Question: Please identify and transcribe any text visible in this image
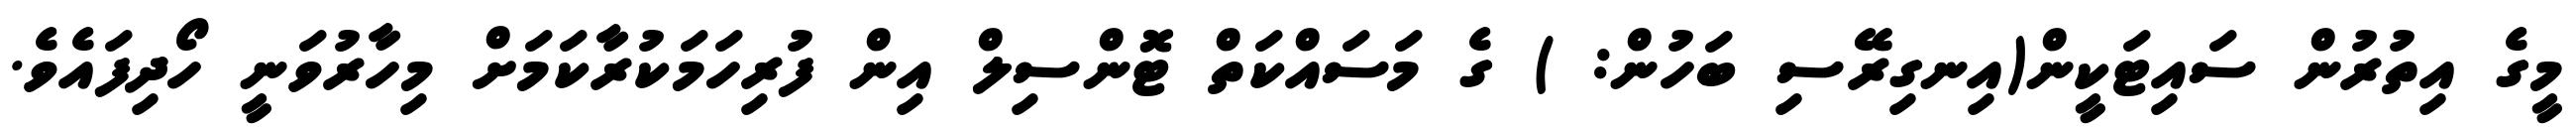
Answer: މީގެ އިތުރުން ސައިޓަކީން(އިނގިރޭސި ބަހުން: ) ގެ މަސައްކަތް ޓޮންސިލް އިން ފުރިހަމަކުރާކަމަށް މިހާރުވަނީ ހޯދިފައެވެ.